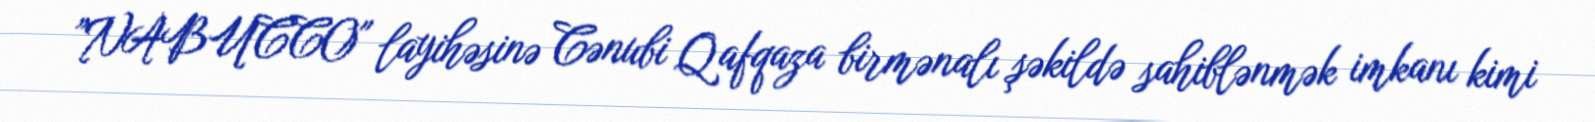
”NABUCCO" layihəsinə Cənubi Qafqaza birmənalı şəkildə sahiblənmək imkanı kimi